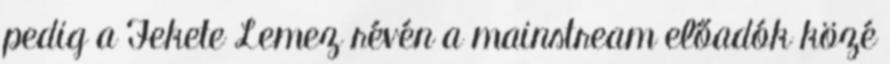
pedig a Fekete Lemez révén a mainstream előadók közé